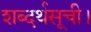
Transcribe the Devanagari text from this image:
शब्दर्थसूची।